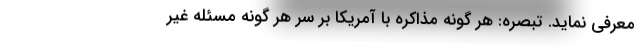
معرفی نماید. تبصره: هر گونه مذاکره با آمریکا بر سر هر گونه مسئله غیر